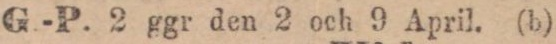
G.-P. 2 ggr den 2 och 9 April. (b)